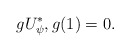
\begin{align*}g U^{\ast}_{\psi},g(1)=0.\end{align*}